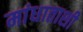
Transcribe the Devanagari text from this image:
मांधाताशी